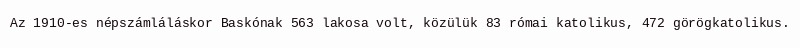
Az 1910-es népszámláláskor Baskónak 563 lakosa volt, közülük 83 római katolikus, 472 görögkatolikus.